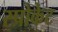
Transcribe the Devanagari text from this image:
स्प्रोकेट